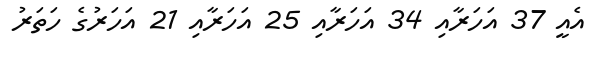
އެއީ 37 އަހަރާއި 34 އަހަރާއި 25 އަހަރާއި 21 އަހަރުގެ ހަތަރު